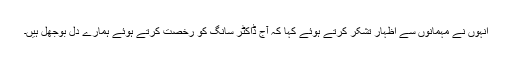
انہوں نے مہمانوں سے اظہار تشکر کرتے ہوئے کہا کہ آج ڈاکٹر سانگ کو رخصت کرتے ہوئے ہمارے دل بوجھل ہیں۔